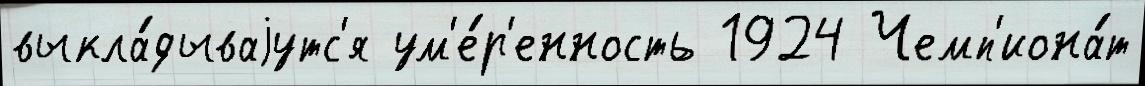
выкла́дываjутс'я ум'е́р'енность 1924 Чемп'иона́т